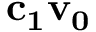
\bf c _ { 1 } v _ { 0 }